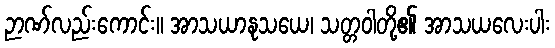
ဉာဏ်လည်းကောင်း။ အာသယာနုသယေ၊ သတ္တဝါတို့၏ အာသယလေးပါး